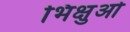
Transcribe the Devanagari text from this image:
भिक्षुओ